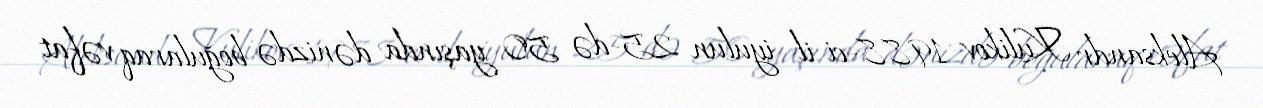
Aleksandr Kulikov 1988-ci il iyulun 25-də 50 yaşında dənizdə boğularaq vəfat